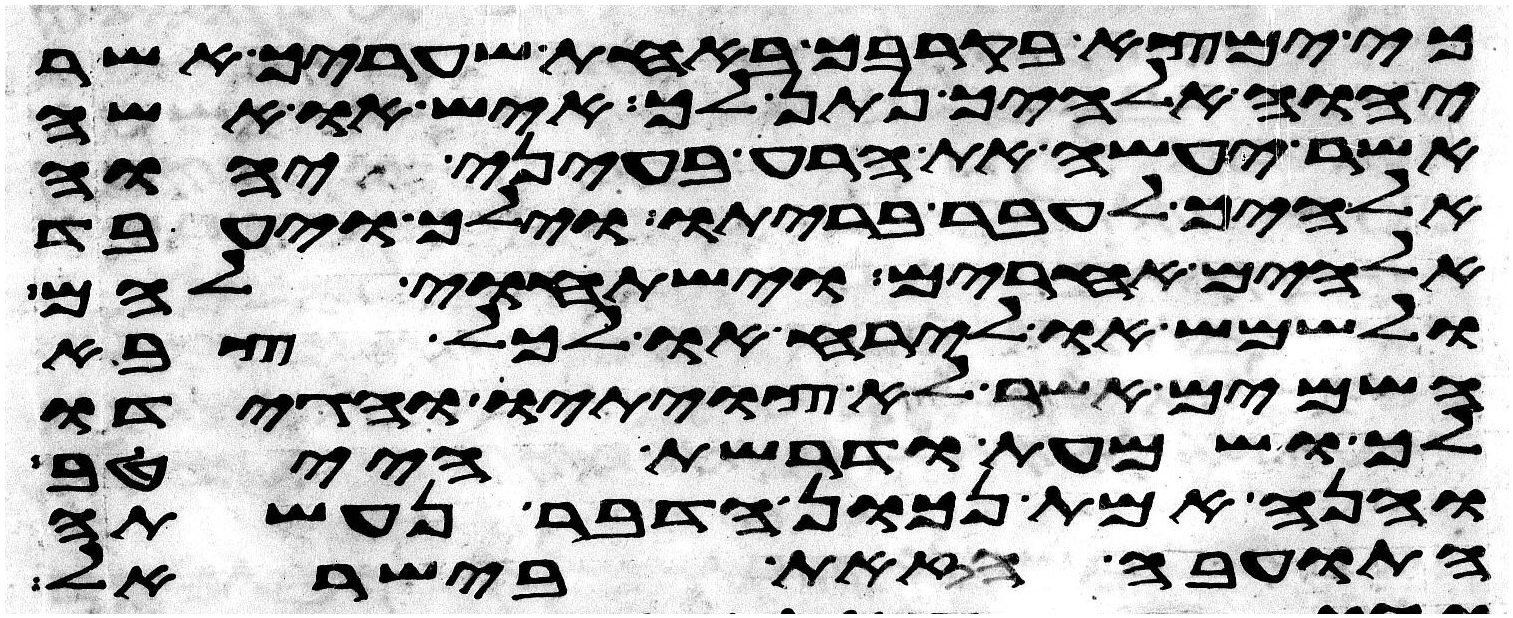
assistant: כי ימצא בקרבך באחת שעריך אשר
יהוה אלהיך נתן לך איש או אשה
אשר יעשה את הרע בעיני יהוה
אלהיך לעבר בריתו וילך ויעבד
אלהים אחרים וישתחוי להם
ולשמש או לירח או לכל צבא
השמים אשר לא צויתיו והגידו
לך ושמעת ודרשת הייטב
והנה אמת נכון הדבר נעשתה
התועבה הזאת בישראל